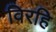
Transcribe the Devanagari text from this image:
विरहि